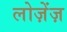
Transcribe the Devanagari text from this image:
लोज़ेंज़